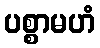
ပစ္စာမဟံ